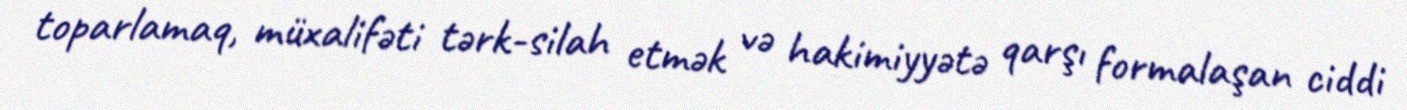
toparlamaq, müxalifəti tərk-silah etmək və hakimiyyətə qarşı formalaşan ciddi